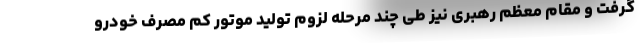
گرفت و مقام معظم رهبری نیز طی چند مرحله لزوم تولید موتور کم مصرف خودرو